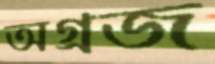
অগ্রজ